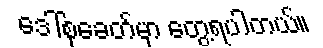
ဒေါ်စုခေတ်မှာ တွေ့ရပါတယ်။